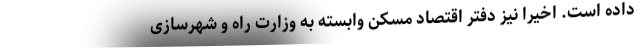
داده است. اخیرا نیز دفتر اقتصاد مسکن وابسته به وزارت راه و شهرسازی